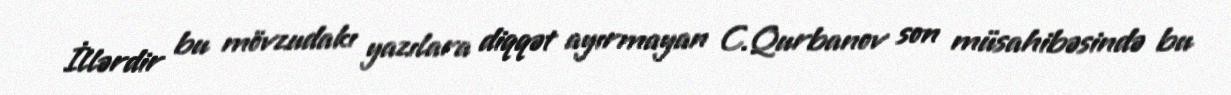
İllərdir bu mövzudakı yazılara diqqət ayırmayan C.Qurbanov son müsahibəsində bu